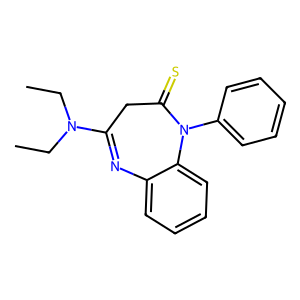
SMILES: CCN(CC)C1=Nc2ccccc2N(c2ccccc2)C(=S)C1
Inhibits HIV replication: No